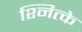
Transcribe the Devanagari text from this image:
श्नित्के